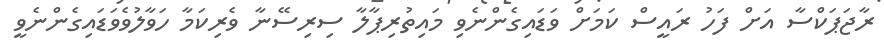
ރާޖަޕަކްސާ އަށް ފަހު ރައީސް ކަމަށް ވަޑައިގެންނެވި މައިތުރިޕާލާ ސިރިސޭނާ ވެރިކަމާ ހަވާލުވެވަޑައިގެންނެވީ